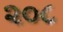
૨૦૮